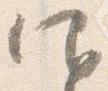
仰